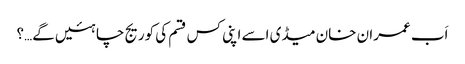
اَب عمران خان میڈی اسے اپنی کس قسم کی کوریج چاہئیں گے…؟